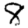
Digit: 8